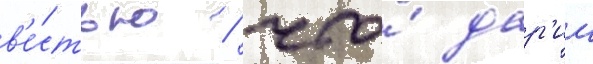
в'е́стью / что́ дар'ии